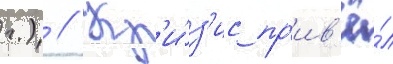
г.) // Кр'и́з'ис пр'ив'ё́л